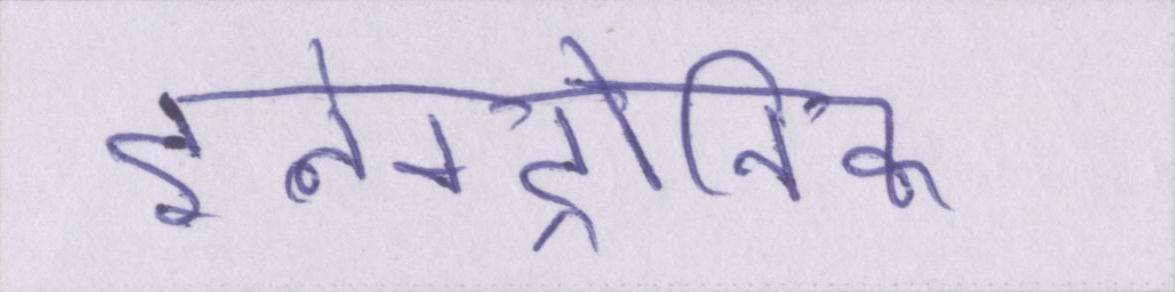
इलेक्ट्रोनिक